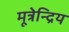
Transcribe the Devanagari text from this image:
मूत्रेन्द्रिय